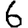
Digit: 6